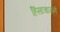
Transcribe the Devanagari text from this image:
हिंसाचाराने